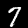
Label: 7